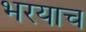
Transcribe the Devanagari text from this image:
भरयाच